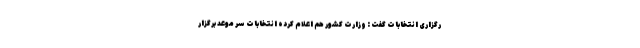
رگزاری انتخابات گفت : وزارت کشور هم اعلام کرده انتخابات سر موعد برگزار